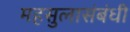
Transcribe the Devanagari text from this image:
महसुलासंबंधी